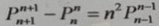
P _ { n + 1 } ^ { n + 1 } - P _ { n } ^ { n } = n ^ { 2 } P ^ { n - 1 } _ { n - 1 }